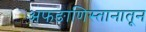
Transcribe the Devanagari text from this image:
अफङाणिस्तानातून